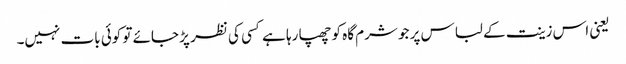
یعنی اس زینت کے لباس پر جو شرم گاہ کو چھپا رہا ہے کسی کی نظر پڑ جائے تو کوئی بات نہیں۔